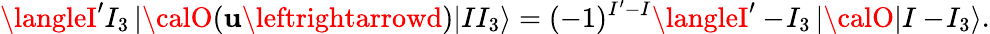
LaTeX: \langleI^{\prime}I_{3}\left|{\calO}(\mathbf{u}\leftrightarrowd)\right|II_{3}\rangle=(-1)^{I^{\prime}-I}\langleI^{\prime}-\! I_{3}\left|{\calO}\right|I-\! I_{3}\rangle.